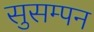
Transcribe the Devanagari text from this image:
सुसम्पन